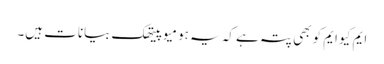
ایم کیو ایم کو بھی پتہ ہے کہ یہ ہومیو پیتھک بیانات ہیں۔